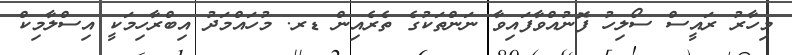
މިހާރު ރައީސް ސޯލިހު ފޮނުއްވާފައިވާ ނަންތަކުގެ ތެރެއިން ޑރ. މުހައްމަދު އިބްރާހިމަކީ އިސްލާމިކް